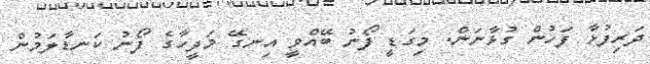
ދަރިފުޅާ ފަހުން ގުޅާނަން. މިގަޑީ ފޯނު ބޭއްވީ އިނގޭ މަދީހާގެ ފޯނު ކަނޑާލަމުން